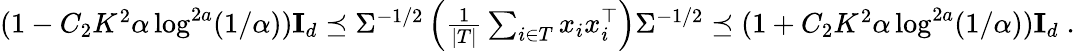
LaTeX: \begin{array}{r}{(1-C_{2}K^{2}\alpha\log^{2a}(1/\alpha))\mathbf{I}_{d}\preceq\Sigma^{-1/2}\left(\frac{1}{|T|}\sum_{i\in T}x_{i}x_{i}^{\top}\right)\Sigma^{-1/2}\preceq(1+C_{2}K^{2}\alpha\log^{2a}(1/\alpha))\mathbf{I}_{d}\; .}\end{array}